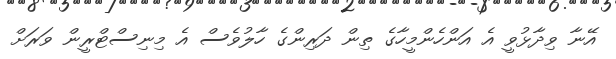
އޭނާ ވިދާޅުވީ އެ އަންހެންމީހާގެ ތިން ދަރިންގެ ހާލުވެސް އެ މިނިސްޓްރީން ވަރަށް